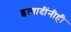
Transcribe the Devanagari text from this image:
इत्यादींनीही